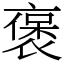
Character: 褒